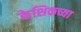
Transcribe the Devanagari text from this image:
केशिकच्या